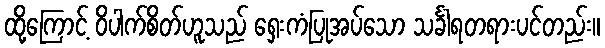
ထို့ကြောင့် ဝိပါက်စိတ်ဟူသည် ရှေးကံပြုအပ်သော သင်္ခါရတရားပင်တည်း။